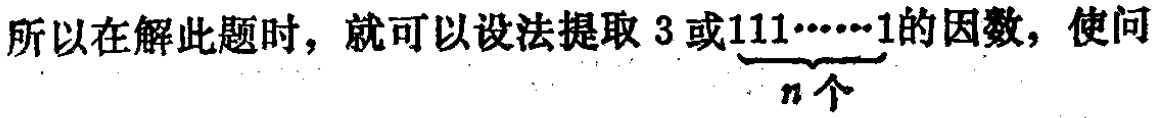
所以在解此题时，就可以设法提取 3 或\(\underbrace{111\cdots\cdots1}_{n个}\)的因数，使问